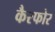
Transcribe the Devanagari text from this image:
कैरफोर